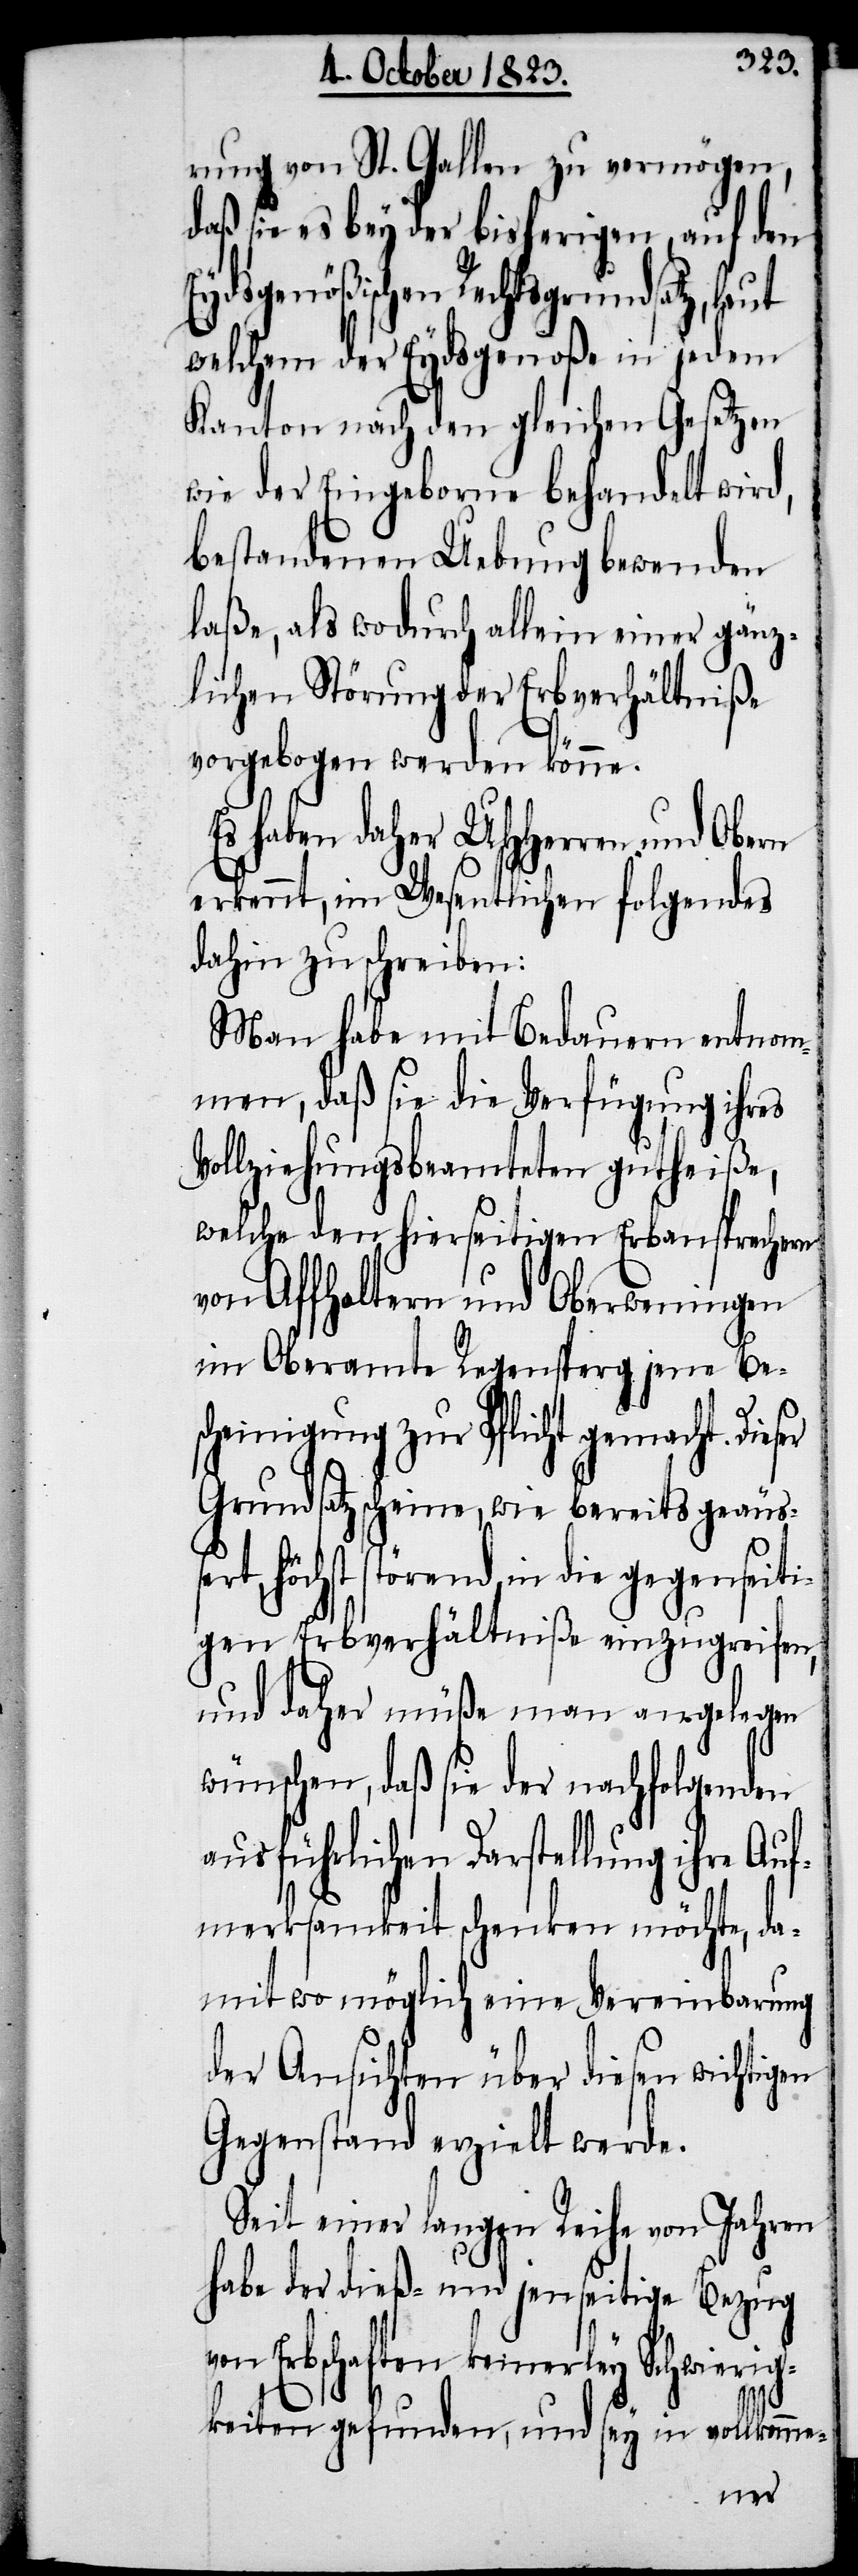
rung von St. Gallen zu vermögen,
daß sie es bey der bisherigen, auf den
Eydsgenößischen Rechtsgrundsatz, laut
welchem der Eydsgenoße in jedem
Kanton nach den gleichen Gesetzen
wie der Eingeborne behandelt wird,
bestandenen Uebung bewenden
laße, als wodurch allein einer gänz¬
lichen Störung der Erbverhältniße
vorgebogen werden könne.
Es haben daher UHHerren und Obern
erkennt, im Wesentlichen folgendes
dahin zu schreiben:
Man habe mit Bedauern entnom¬
men, daß sie die Verfügung ihres
Vollziehungsbeamteten gutheiße,
welche den hierseitigen Erbansprechern
von Affholtern und Oberweningen
im Oberamte Regensperg jene Be¬
scheinigung zur Pflicht gemacht. Dies¬
Grundsatz scheine, wie bereits geäuß¬
höchst störend, in die gegenseiti¬
gen Erbverhältniße einzugreifen,
und daher müße man angelegen
wünschen, daß sie der nachfolgenden
ausführlichen Darstellung ihre Auf¬
merksamkeit schenken möchte, da¬
mit wo möglich eine Vereinbarung
der Ansichten über diesen wichtigen
Gegenstand erzielt werde.
Seit einer langen Reihe von Jahren
habe der dieß- und jenseitige Bezug
Erbschaften keinerley Schwier¬
igkeiten gefunden, und sey in vollkomme-
ert,